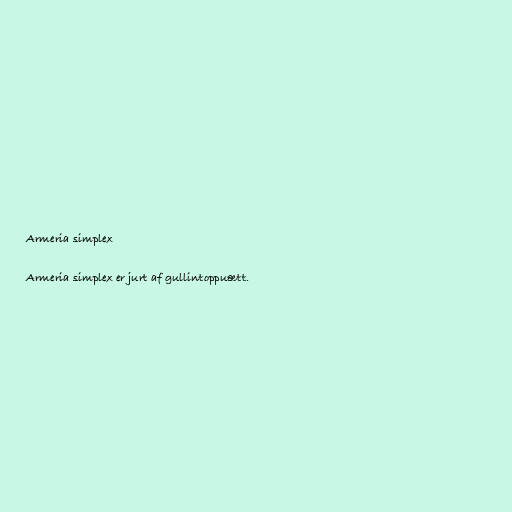
Armeria simplex

Armeria simplex er jurt af gullintoppuætt.